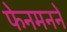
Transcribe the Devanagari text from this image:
फेनमनने